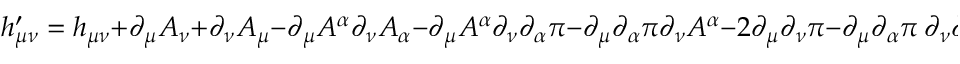
h _ { \mu \nu } ^ { \prime } = h _ { \mu \nu } + \partial _ { \mu } A _ { \nu } + \partial _ { \nu } A _ { \mu } - \partial _ { \mu } A ^ { \alpha } \partial _ { \nu } A _ { \alpha } - \partial _ { \mu } A ^ { \alpha } \partial _ { \nu } \partial _ { \alpha } \pi - \partial _ { \mu } \partial _ { \alpha } \pi \partial _ { \nu } A ^ { \alpha } - 2 \partial _ { \mu } \partial _ { \nu } \pi - \partial _ { \mu } \partial _ { \alpha } \pi \ \partial _ { \nu } \partial ^ { \alpha } \pi .